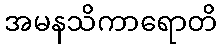
အမနသိကာရောတိ